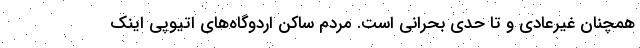
همچنان غیرعادی و تا حدی بحرانی است. مردم ساکن اردوگاه‌های اتیوپی اینک